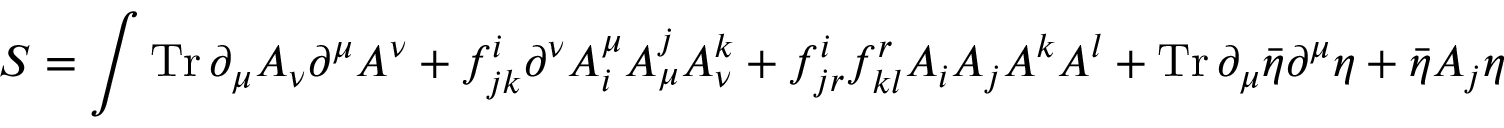
S = \int \operatorname { T r } \partial _ { \mu } A _ { \nu } \partial ^ { \mu } A ^ { \nu } + f _ { j k } ^ { i } \partial ^ { \nu } A _ { i } ^ { \mu } A _ { \mu } ^ { j } A _ { \nu } ^ { k } + f _ { j r } ^ { i } f _ { k l } ^ { r } A _ { i } A _ { j } A ^ { k } A ^ { l } + \operatorname { T r } \partial _ { \mu } { \bar { \eta } } \partial ^ { \mu } \eta + { \bar { \eta } } A _ { j } \eta